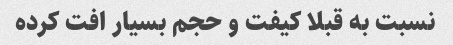
نسبت به قبلا کیفت و حجم بسیار افت کرده